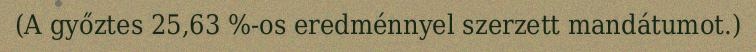
(A győztes 25,63 %-os eredménnyel szerzett mandátumot.)